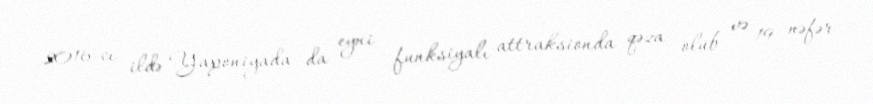
2016-cı ildə Yaponiyada da eyni funksiyalı attraksionda qəza olub və 19 nəfər